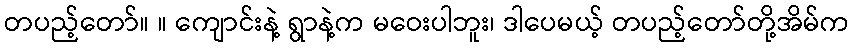
တပည့်တော်။ ။ ကျောင်းနဲ့ ရွာနဲ့က မဝေးပါဘူး၊ ဒါပေမယ့် တပည့်တော်တို့အိမ်က